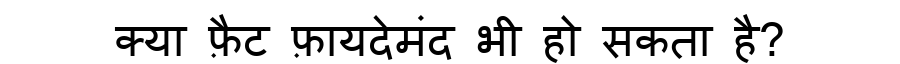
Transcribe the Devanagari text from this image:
क्या फ़ैट फ़ायदेमंद भी हो सकता है?